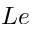
L e